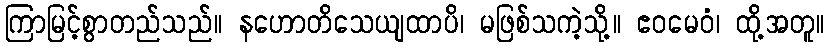
ကြာမြင့်စွာတည်သည်။ နဟောတိသေယျထာပိ၊ မဖြစ်သကဲ့သို့။ ဧဝမေဝံ၊ ထို့အတူ။